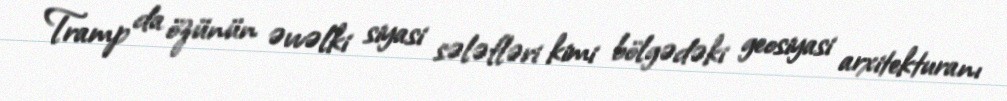
Tramp da özünün əvvəlki siyasi sələfləri kimi bölgədəki geosiyasi arxitekturanı